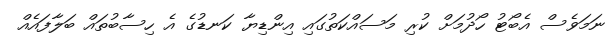
ނަމަވެސް އެބޯޓު ހޯދުމަށް ކުރި މަސައްކަތުގައި އިންޑިޔާ ކަނޑުގެ އެ ހިސާބުތައް ބަލާފައެއް